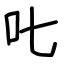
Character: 𠮟